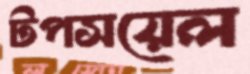
টপসয়েল